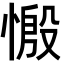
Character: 𢟝